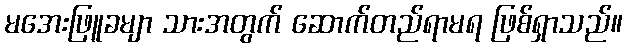
မအေးဖြူခမျာ သားအတွက် ဆောက်တည်ရာမရ ဖြစ်ရှာသည်။